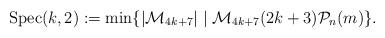
LaTeX: \begin{align*}\mathrm{Spec}(k,2)&:=\min \{ |\mathcal{M}_{4k+7}| \mid \mathcal{M}_{4k+7} (2k+3)\mathcal{P}_{n}(m)\}.\end{align*}